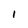
Character: I